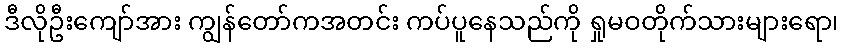
ဒီလိုဦးကျော်အား ကျွန်တော်ကအတင်း ကပ်ပူနေသည်ကို ရှုမဝတိုက်သားများရော၊